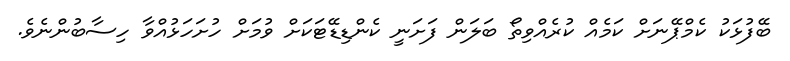
ބޭފުޅަކު ކެމްޕޭނަށް ކަމެއް ކުރެއްވިތޯ ބަލަން ފަށަނީ ކެންޑިޑޭޓަކަށް ވުމަށް ހުށަހަޅުއްވާ ހިސާބުންނެވެ.